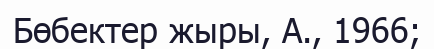
Бөбектер жыры, А., 1966;